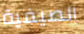
الصيفية